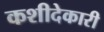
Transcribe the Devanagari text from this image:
कशीदेकारी